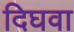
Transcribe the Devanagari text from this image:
दिघवा